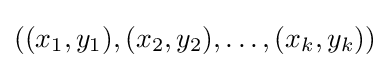
((x_{1},y_{1}),(x_{2},y_{2}),\dots ,(x_{k},y_{k}))